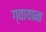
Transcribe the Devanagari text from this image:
ग्वायाना